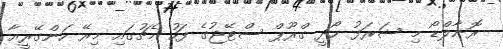
ރޮނާލްޑޯ މި ޝަރަފު ހޯދީ ގްރޫޕް ސްޓޭޖުގެ ފަހު މެޗުގައި މިރޭ ހަންގޭރީއާ